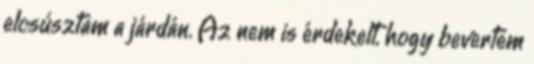
elcsúsztam a járdán. Az nem is érdekelt, hogy bevertem